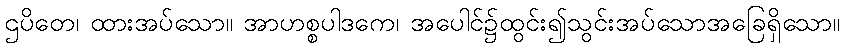
ဌပိတေ၊ ထားအပ်သော။ အာဟစ္စပါဒကေ၊ အပေါင်၌ထွင်း၍သွင်းအပ်သောအခြေရှိသော။